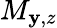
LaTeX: M_{\mathbf{y},z}